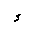
Letter: _hamza